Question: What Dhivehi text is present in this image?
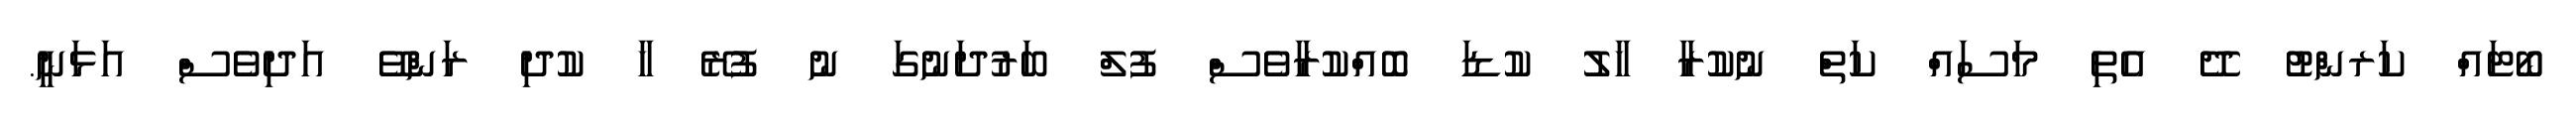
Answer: ބޯޓައް ކަރންޓު ދޭ އެތި މަސައް ކަތް ނުކުރާ ހާލު ކުޑަ ބޮއްކުރާވެސް ފުލް ބަރުދަނުގަ ނު ފުރޭ ހާ ކުދި ރަންވޭ އަދިވެސް އަޅަނީ.